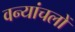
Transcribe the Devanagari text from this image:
वन्यांचलों